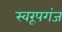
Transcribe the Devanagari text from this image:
स्वरूपगंज